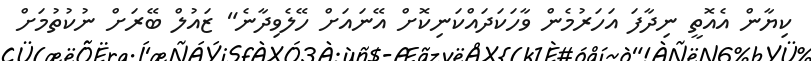
ކިޔާން އެއޮތީ ނިދާފަ އަހަރުމެން ވާހަކަދައްކަނިކޮށް އޭނައަށް ހޭލެވިދާނެ" ޒައުލް ބޭރަށް ނުކުތުމަށް